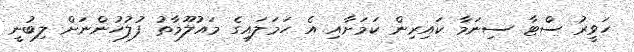
ހަވީރު ސްޓާ ސިނަމާ ކައިރިން ކަމަށާއި އެ ހަމަލައިގެ މައުލޫމާތު ފުލުހުންނަށް ލިބުނީ